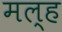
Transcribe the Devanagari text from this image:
मल्ह